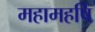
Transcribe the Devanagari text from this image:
महामहर्षि